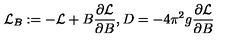
{ \cal L } _ { B } : = - { \cal L } + B \frac { \partial { \cal L } } { \partial B } , D = - 4 \pi ^ { 2 } g \frac { \partial { \cal L } } { \partial B }